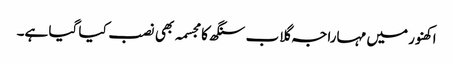
اکھنور میں مہاراجہ گلاب سنگھ کا مجسمہ بھی نصب کیا گیا ہے۔